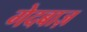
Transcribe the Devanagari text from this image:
गेदबाज़